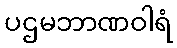
ပဌမဘာဏဝါရံ